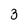
Character: 3